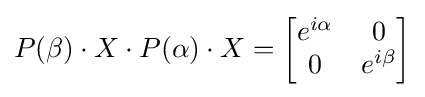
P(\beta )\cdot X\cdot P(\alpha )\cdot X={\begin{bmatrix}e^{i\alpha }&0\\0&e^{i\beta }\end{bmatrix}}